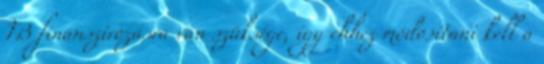
TB finanszírozásra van szüksége, így ehhez módosítani kell a